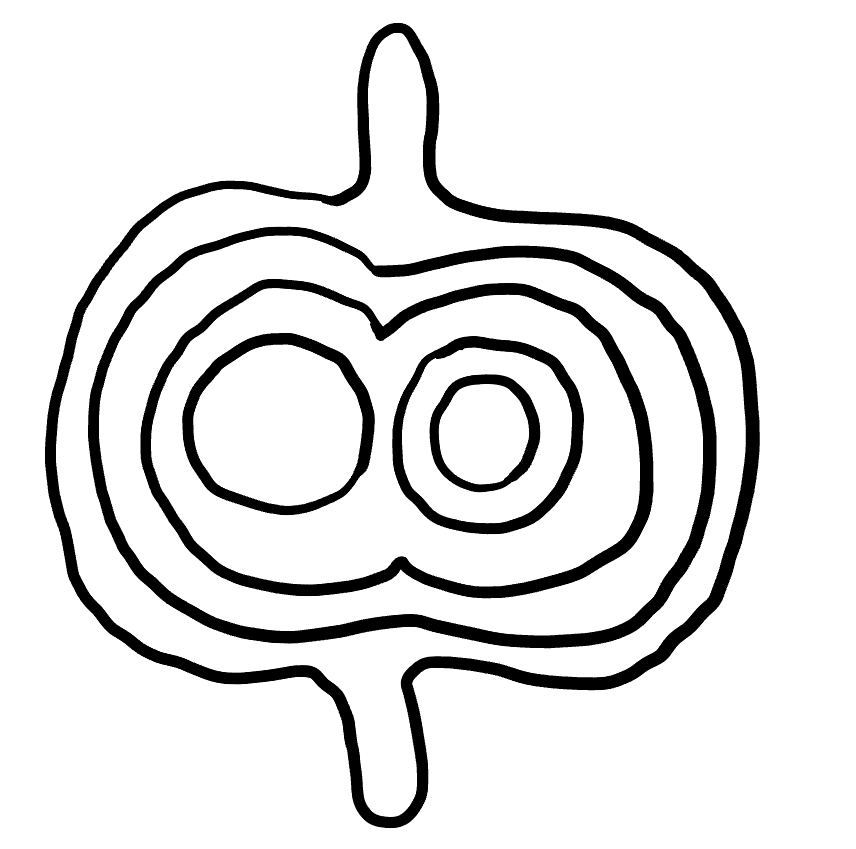
Number of regions (including the outer root region): 7
Containment tree edges (parent, child): 0, 1, 1, 2, 2, 3, 3, 4, 3, 6, 4, 5